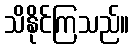
သိနိုင်ကြသည်။